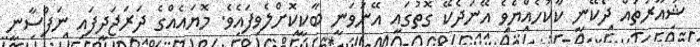
ޝުއޫރުތައް ދެކޭނީ ކާކުހެއްޔެވެ އޭނަދެކޭ ގޮތުގައި އޭނަވަނީ ބާކީކޮށްލެވިފައެވެ. މޮޔައެއްގެ ދަރަޖަދީފައި ނަފްސާނީ